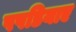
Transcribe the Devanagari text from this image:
पपडियाए